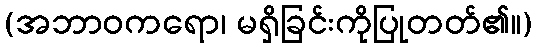
(အဘာဝကရော၊ မရှိခြင်းကိုပြုတတ်၏။)